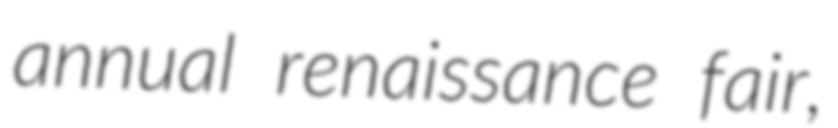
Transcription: annual renaissance fair,